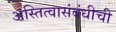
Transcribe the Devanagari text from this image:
अस्तित्वासंबंधीची